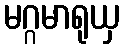
မဂ္ဂမာရုယှ